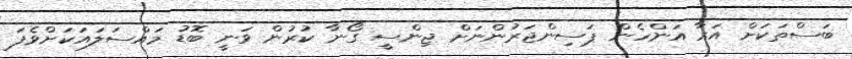
ބަސްތަކަށް އަރާ އަންހެން ޕަސިންޖަރުންނަށް ޖިންސީ ގޯނާ ކުރުން ވަނީ ބޮޑު މައްސަލައަކަށްވެފަ